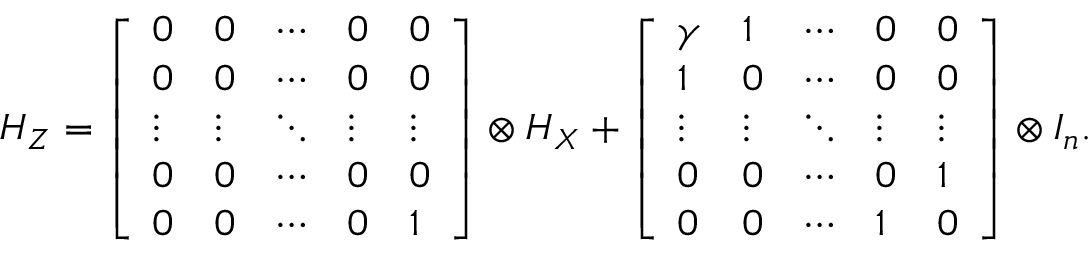
H _ { Z } = \left[ \begin{array} { l l l l l } { 0 } & { 0 } & { \cdots } & { 0 } & { 0 } \\ { 0 } & { 0 } & { \cdots } & { 0 } & { 0 } \\ { \vdots } & { \vdots } & { \ddots } & { \vdots } & { \vdots } \\ { 0 } & { 0 } & { \cdots } & { 0 } & { 0 } \\ { 0 } & { 0 } & { \cdots } & { 0 } & { 1 } \end{array} \right] \otimes H _ { X } + \left[ \begin{array} { l l l l l } { \gamma } & { 1 } & { \cdots } & { 0 } & { 0 } \\ { 1 } & { 0 } & { \cdots } & { 0 } & { 0 } \\ { \vdots } & { \vdots } & { \ddots } & { \vdots } & { \vdots } \\ { 0 } & { 0 } & { \cdots } & { 0 } & { 1 } \\ { 0 } & { 0 } & { \cdots } & { 1 } & { 0 } \end{array} \right] \otimes I _ { n } .